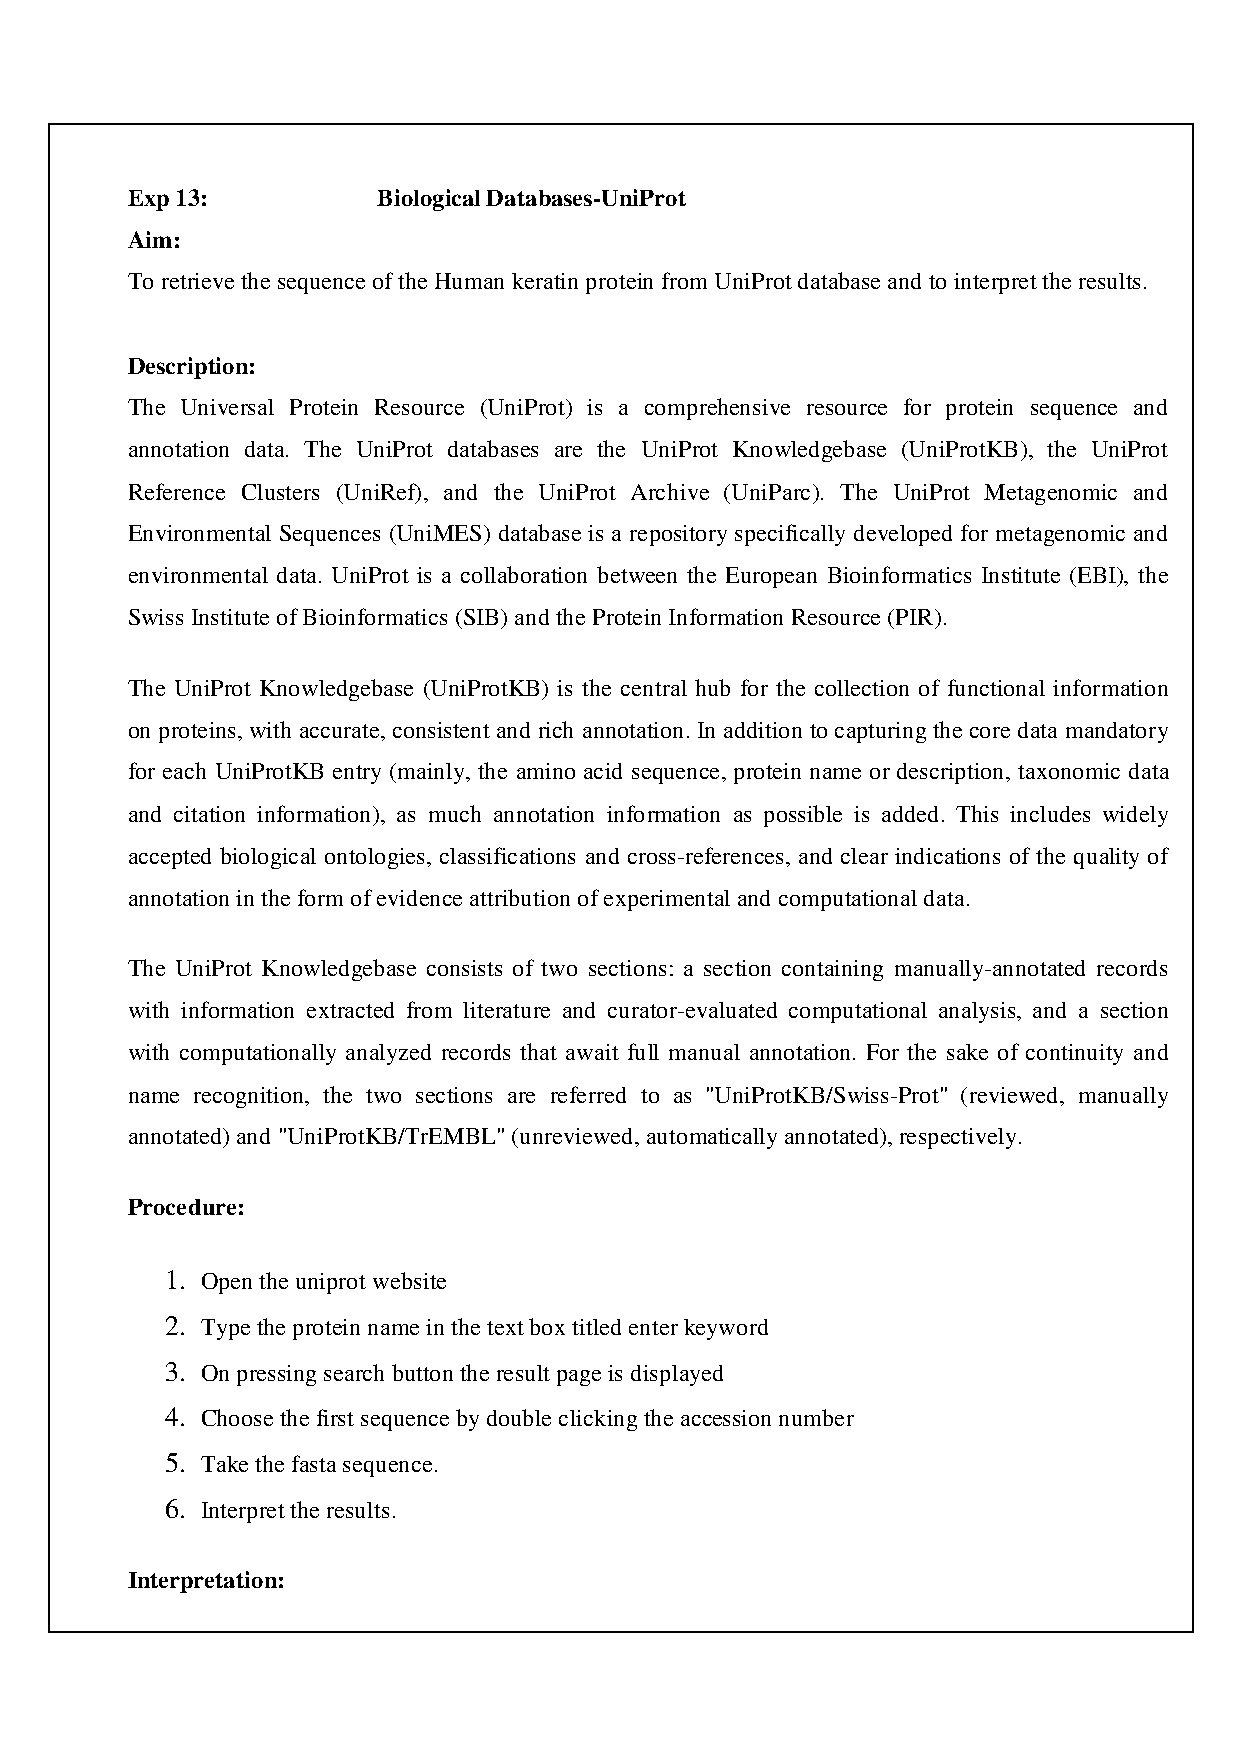
Exp 13:          Biological Databases-UniProt
 Aim:
 To retrieve the sequence of the Human keratin protein from UniProt database and to interpret the results.
 Description:
 The Universal Protein Resource (UniProt) is a comprehensive resource for protein sequence and
 annotation data. The UniProt databases are the UniProt Knowledgebase (UniProtKB), the UniProt
 Reference Clusters (UniRef), and the UniProt Archive (UniParc). The UniProt Metagenomic and
 Environmental Sequences (UniMES) database is a repository specifically developed for metagenomic and
 environmental data. UniProt is a collaboration between the European Bioinformatics Institute (EBI), the
 Swiss Institute of Bioinformatics (SIB) and the Protein Information Resource (PIR).
 The UniProt Knowledgebase (UniProtKB) is the central hub for the collection of functional information
 on proteins, with accurate, consistent and rich annotation. In addition to capturing the core data mandatory
 for each UniProtKB entry (mainly, the amino acid sequence, protein name or description, taxonomic data
 and citation information), as much annotation information as possible is added. This includes widely
 accepted biological ontologies, classifications and cross-references, and clear indications of the quality of
 annotation in the form of evidence attribution of experimental and computational data.
 The UniProt Knowledgebase consists of two sections: a section containing manually-annotated records
 with information extracted from literature and curator-evaluated computational analysis, and a section
 with computationally analyzed records that await full manual annotation. For the sake of continuity and
 name recognition, the two sections are referred to as "UniProtKB/Swiss-Prot" (reviewed, manually
 annotated) and "UniProtKB/TrEMBL" (unreviewed, automatically annotated), respectively.
 Procedure:
 1. Open the uniprot website
 2. Type the protein name in the text box titled enter keyword
 3. On pressing search button the result page is displayed
 4. Choose the first sequence by double clicking the accession number
 5. Take the fasta sequence.
 6. Interpret the results.
 Interpretation: